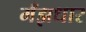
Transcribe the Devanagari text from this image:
मँझधार